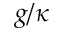
g / \kappa